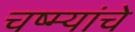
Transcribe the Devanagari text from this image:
चष्म्यांचे